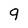
Character: q